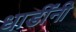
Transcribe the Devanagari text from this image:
धाडींनी